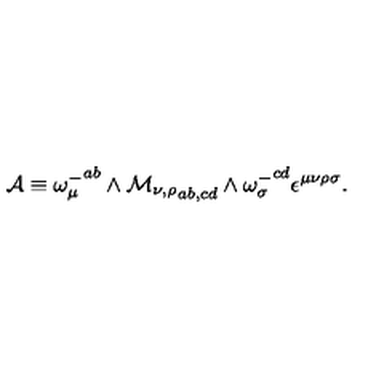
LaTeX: { \cal A } \equiv { \omega _ { \mu } ^ { - } } ^ { a b } \wedge { \cal M _ { \nu , \rho } } _ { a b , c d } \wedge { \omega _ { \sigma } ^ { - } } ^ { c d } \epsilon ^ { \mu \nu \rho \sigma } .